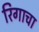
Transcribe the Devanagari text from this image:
रिगाचा